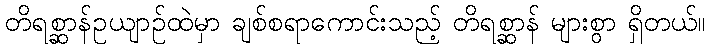
တိရစ္ဆာန်ဥယျာဉ်ထဲမှာ ချစ်စရာကောင်းသည့် တိရစ္ဆာန် များစွာ ရှိတယ်။